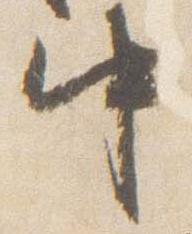
中